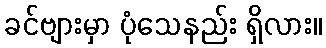
ခင်ဗျားမှာ ပုံသေနည်း ရှိလား။